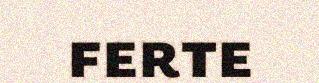
ferte